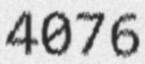
4076